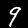
Label: 9